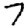
Digit: 7